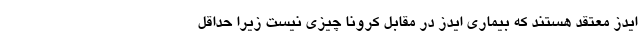
ایدز معتقد هستند که بیماری ایدز در مقابل کرونا چیزی نیست زیرا حداقل